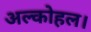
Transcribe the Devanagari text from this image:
अल्कोहल।